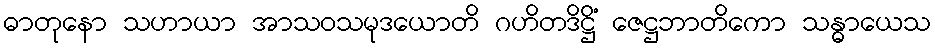
ဓာတုနော သဟာယာ အာသဝသမုဒယောတိ ဂဟိတဒိဋ္ဌိံ ဇေဋ္ဌဘာတိကော သန္ဓာယေသ